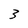
Character: 3